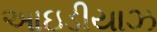
આઇડીયાઝ